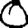
Digit: 0